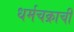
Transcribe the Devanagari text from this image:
धर्मचक्राची